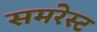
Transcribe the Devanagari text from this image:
समरेस्ट